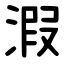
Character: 溊